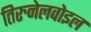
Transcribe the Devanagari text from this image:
तिरुनेलवोइल